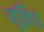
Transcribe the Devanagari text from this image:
मूर्किंत